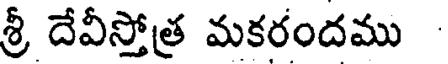
శ్రీ దేవీస్తోత్ర మకరందము